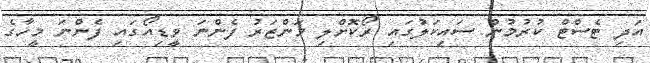
އަދި ޓެސްޓް ކުރުމުން ސައިކަލުގައި ރޯކޮށްލި މަންޒަރު ފެންނަ ވީޑިއޯގައި ފެންނަ މީހާގެ